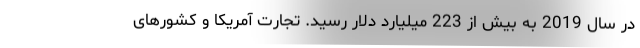
در سال 2019 به بیش از 223 میلیارد دلار رسید. تجارت آمریکا و کشورهای